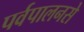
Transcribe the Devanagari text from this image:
पर्वपालनसे